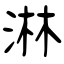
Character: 淋